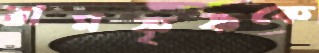
রামকৃষ্ণকে